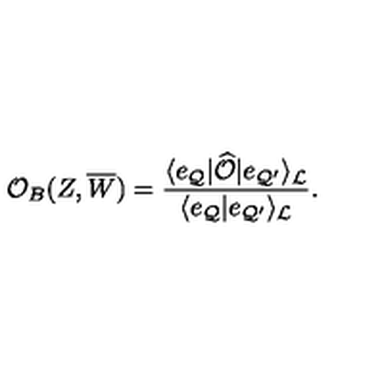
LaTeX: { \cal O } _ { B } ( Z , \overline { { W } } ) = { \frac { \langle e _ { { \cal Q } } | \widehat { \cal O } | e _ { { \cal Q } ^ { \prime } } \rangle _ { \cal L } } { \langle e _ { { \cal Q } } | e _ { { \cal Q } ^ { \prime } } \rangle _ { \cal L } } } .